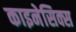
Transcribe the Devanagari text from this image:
काइनेसिक्स